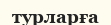
турларға